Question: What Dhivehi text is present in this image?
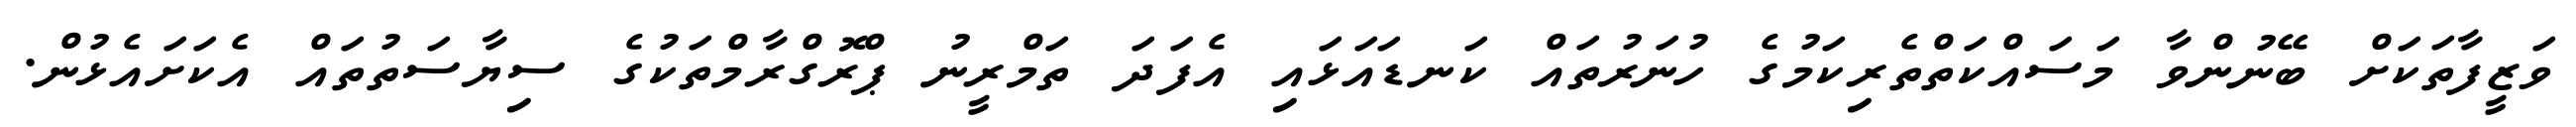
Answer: ވަޒީފާތަކަށް ބޭނުންވާ މަސައްކަތްތެރިކަމުގެ ހުނަރުތައް ކަނޑައަޅައި އެފަދަ ތަމްރީނު ޕްރޮގްރާމްތަކުގެ ސިޔާސަތުތައް އެކަށައެޅުން.